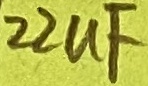
Text: 22uF